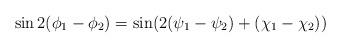
LaTeX: \begin{align*}\sin2(\phi_1-\phi_2)=\sin(2(\psi_1-\psi_2)+(\chi_1-\chi_2))\end{align*}